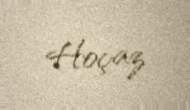
Hoçaz